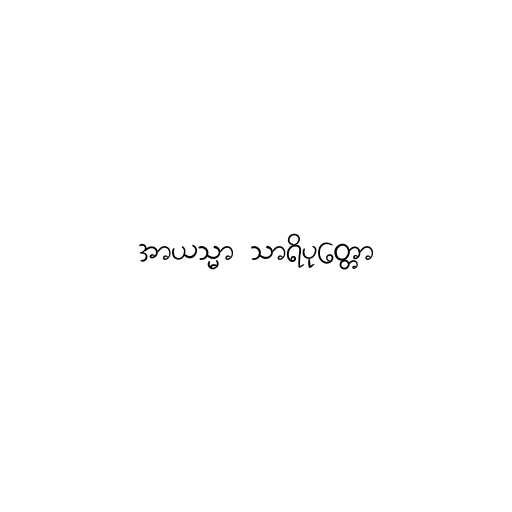
အာယသ္မာ သာရိပုတ္တော